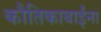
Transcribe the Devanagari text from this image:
कौतिकाबाईंना